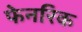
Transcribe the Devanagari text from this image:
फेनरिक